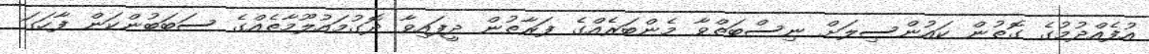
އުފެއްދުމުގެ ގޮތުން ކައުންސިލަށް ނިސްބަތްވާ މެންބަރެއްގެ ފަރާތުން ދީފައިވާ ދޮގުމައުލޫމާތެއްގެ ސަބަބުންކަން ފާހަގަ